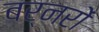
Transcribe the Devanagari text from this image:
बर्नरों